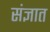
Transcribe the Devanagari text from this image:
संज्ञात